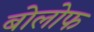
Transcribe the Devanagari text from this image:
बोलोफ